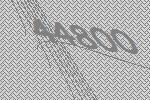
44800